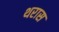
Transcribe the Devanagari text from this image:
थरास